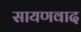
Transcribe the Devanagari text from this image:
सायणवाद